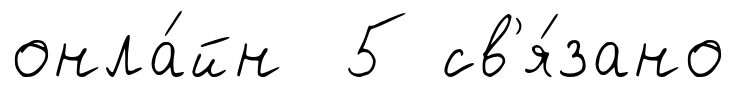
онла́йн 5 св'я́зано